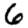
Digit: 6